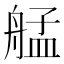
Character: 艋